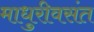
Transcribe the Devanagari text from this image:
माधुरीवसंत